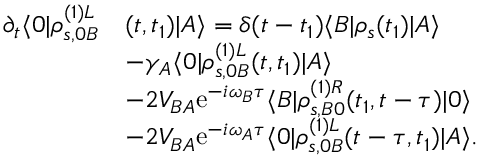
\begin{array} { r l } { \partial _ { t } \langle 0 | \rho _ { s , 0 B } ^ { ( 1 ) L } } & { ( t , t _ { 1 } ) | A \rangle = \delta ( t - t _ { 1 } ) \langle B | \rho _ { s } ( t _ { 1 } ) | A \rangle } \\ & { - \gamma _ { A } \langle 0 | \rho _ { s , 0 B } ^ { ( 1 ) L } ( t , t _ { 1 } ) | A \rangle } \\ & { - 2 V _ { B A } \mathrm { e } ^ { - i \omega _ { B } \tau } \langle B | \rho _ { s , B 0 } ^ { ( 1 ) R } ( t _ { 1 } , t - \tau ) | 0 \rangle } \\ & { - 2 V _ { B A } \mathrm { e } ^ { - i \omega _ { A } \tau } \langle 0 | \rho _ { s , 0 B } ^ { ( 1 ) L } ( t - \tau , t _ { 1 } ) | A \rangle . } \end{array}